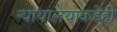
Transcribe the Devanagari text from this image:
न्यायालयाकडेही